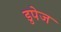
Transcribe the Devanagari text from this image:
डुपेज